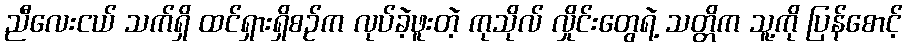
ညီလေးငယ် သက်ရှိ ထင်ရှားရှိစဉ်က လုပ်ခဲ့ဖူးတဲ့ ကုသိုလ် လှိုင်းတွေရဲ့ သတ္တိက သူ့ကို ပြန်စောင့်